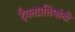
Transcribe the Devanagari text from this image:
दैवतप्रतिमांनी